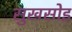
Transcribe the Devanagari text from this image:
सुखसोइ